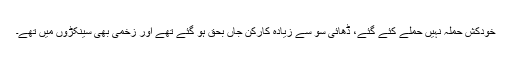
خودکش حملہ نہیں حملے کئے گئے، ڈھائی سو سے زیادہ کارکن جاں بحق ہو گئے تھے اور زخمی بھی سینکڑوں میں تھے۔